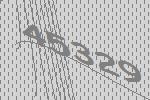
45329